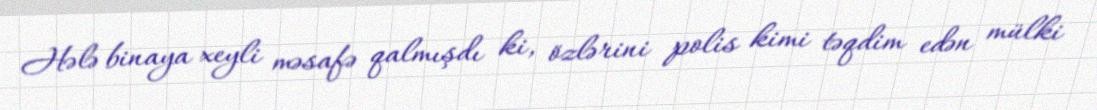
Hələ binaya xeyli məsafə qalmışdı ki, özlərini polis kimi təqdim edən mülki